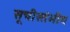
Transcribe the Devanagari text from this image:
सूचीस्तंभीय